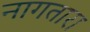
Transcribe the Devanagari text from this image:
नागतारा